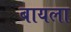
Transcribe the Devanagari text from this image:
बायला